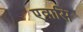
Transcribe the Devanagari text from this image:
एवासि